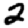
Digit: 2